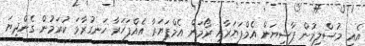
އެއީ މުސްލިމުން ޕާޝިޔަން އެމްޕަޔަރާއި ރޯމަން އެމްޕަޔަރާ އެއްފަހަރާ ހަނގުރާމަ ކުރަމުން ގެންދިޔަ